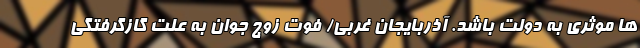
ها موثری به دولت باشد. آذربایجان غربی/ فوت زوج جوان به علت گازگرفتگی